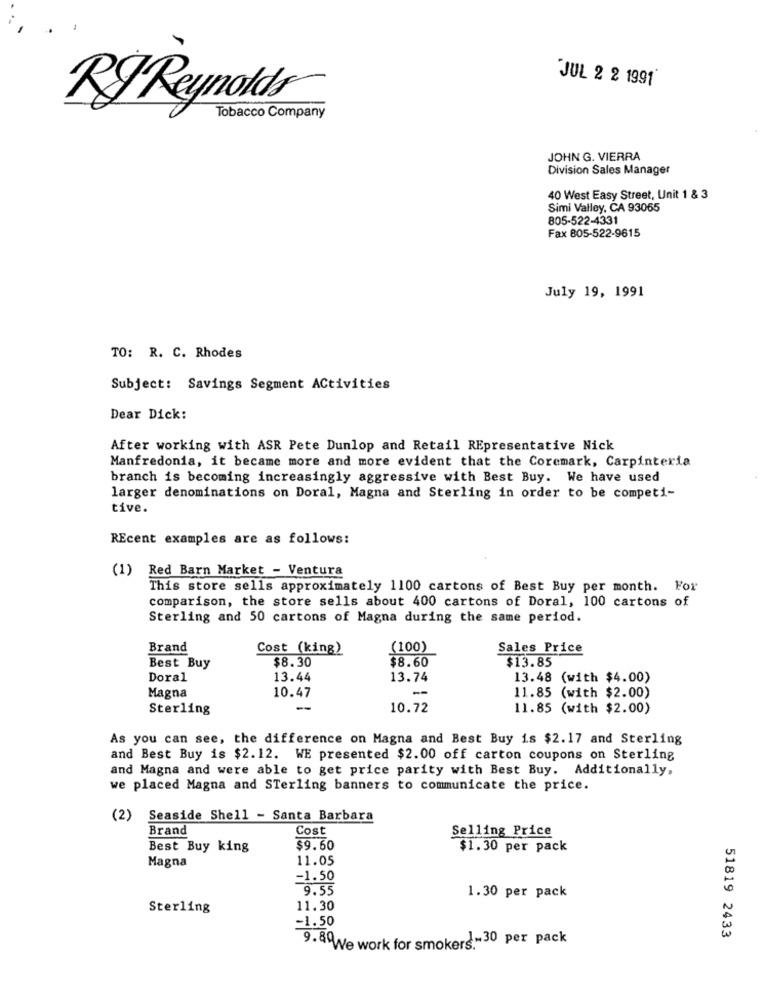
JUL 2 2 1991
RJ Reynolds
Tobacco Company
JOHN G. VIERRA
Division Sales Manager
40 West Easy Street, Unit 1 & 3
Simi Valley, CA 93065
805-522-4331
Fax 805-522-9615
July 19, 1991
TO: R. C. Rhodes
Subject: Savings Segment Activities
Dear Dick:
After working with ASR Pete Dunlop and Retail REpresentative Nick
Manfredonia, it became more and more evident that the Coremark, Carpinteria
branch is becoming increasingly aggressive with Best Buy. We have used
larger denominations on Doral, Magna and Sterling in order to be competi-
tive.
REcent examples are as follows:
(1) Red Barn Market - Ventura
This store sells approximately 1100 cartons of Best Buy per month. For
comparison, the store sells about 400 cartons of Doral, 100 cartons of
Sterling and 50 cartons of Magna during the same period.
Brand
Cost (king)
(100)
Sales Price
$8.30
$8.60
$13.85
Best Buy
Doral
13.44
13.74
13.48 (with $4.00)
Magna
10.47
11.85 (with $2.00)
Sterling
10.72
11.85 (with $2.00)
As you can see, the difference on Magna and Best Buy is $2.17 and Sterling
and Best Buy is $2.12. WE presented $2.00 off carton coupons on Sterling
and Magna and were able to get price parity with Best Buy. Additionally,
we placed Magna and STerling banners to communicate the price.
(2) Seaside Shell - Santa Barbara
Brand
Cost
Selling Price
Best Buy king
$9.60
$1.30 per pack
Magna
11.05
-1.50
9.55
1.30 per pack
Sterling
11.30
-1.50
51819 2433
9. 89We work for smoker !.- 30 per pack